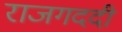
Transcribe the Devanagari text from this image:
राजगददी